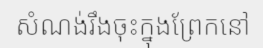
សំណង់រឹងចុះក្នុងព្រែកនៅ